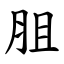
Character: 䏣